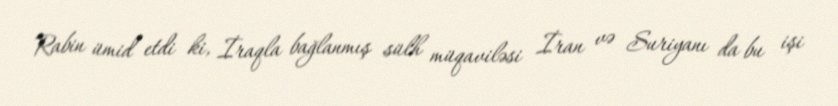
Rabin ümid etdi ki, İraqla bağlanmış sülh müqaviləsi İran və Suriyanı da bu işi